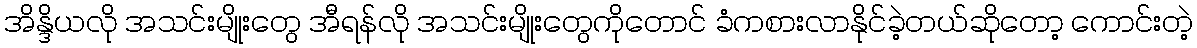
အိန္ဒိယလို အသင်းမျိုးတွေ အီရန်လို အသင်းမျိုးတွေကိုတောင် ခံကစားလာနိုင်ခဲ့တယ်ဆိုတော့ ကောင်းတဲ့